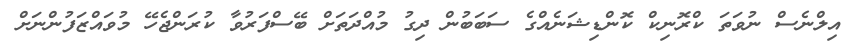
އިލްނެސް ނުވަތަ ކްރޮނިކް ކޮންޑިޝަނެއްގެ ސަބަބުން ދިގު މުއްދަތަށް ބޭސްފަރުވާ ކުރަންޖެހޭ މުވައްޒަފުންނަށް